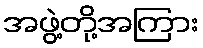
အဖွဲ့တို့အကြား